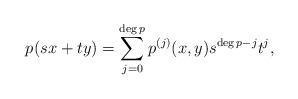
LaTeX: \begin{align*} p(s x +t y)=\sum_{j=0}^{\deg p} p^{(j)}(x,y) s^{\deg p -j} t^j ,\end{align*}